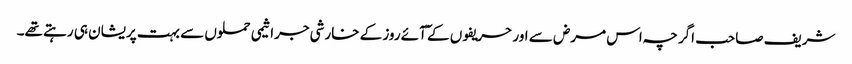
شریف صاحب اگرچہ اس مرض سے اور حریفوں کے ٓآئے روز کے خارشی جراثیمی حملوں سے بہت پریشان ہی رہتے تھے۔